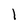
Character: 1